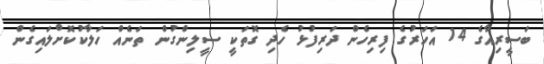
ބަސީރިއާގެ 14 އަހަރުގެ ފިރިހެން ދަރިފުޅު ހެދި ގޮތަކީ ސީލިންގުން ތަނެއް ހަލާކުކޮށްލައިގެން